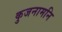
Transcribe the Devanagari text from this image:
कुजनामनि